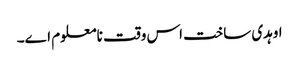
اوہدی ساخت اس وقت نامعلوم ا‏‏ے۔